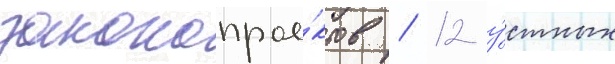
законопрое́ктов / 12 у́стных